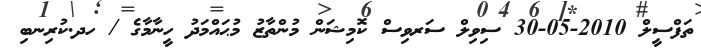
ތަފްސީލް 2010-05-30 ސިވިލް ސަރވިސް ކޮމިޝަން މުންތާޒު މުޙައްމަދު ހީނާމާގެ / ހދ.ކުރިނބި